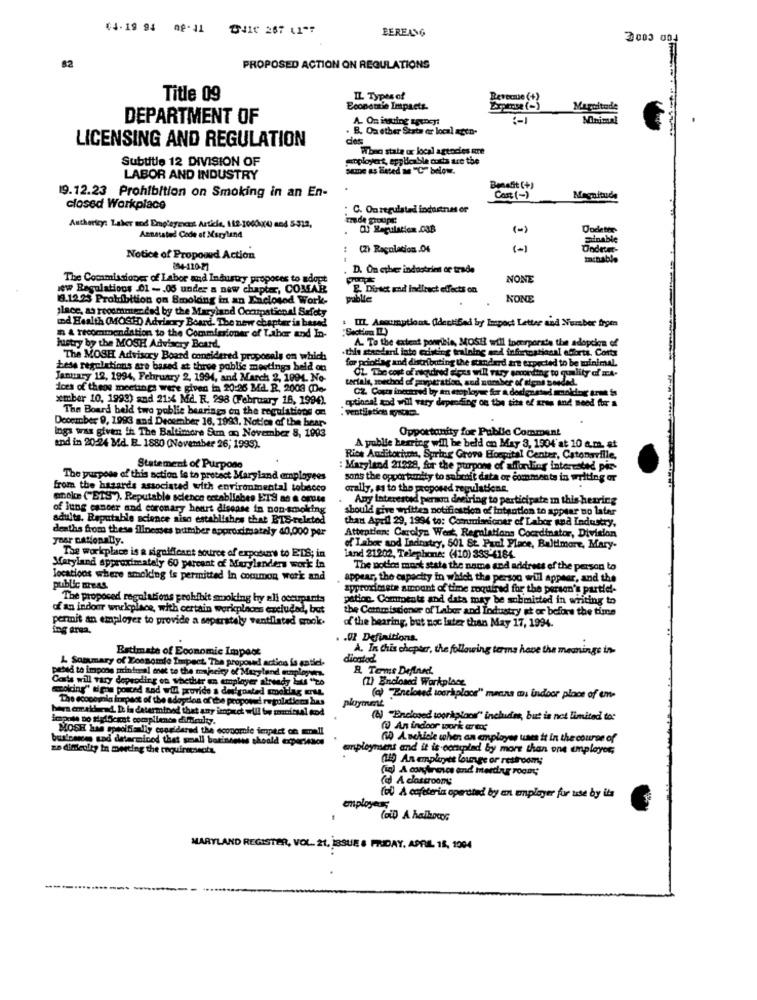
44-19 94 09-11 41 267 11"7
BEREANG
2003 004
82
PROPOSED ACTION ON REGULATIONS
Title 09
IL Types of
Revenue (+)
Economie Impacts.
Arama (-)
Magnitude
DEPARTMENT OF
A. On issuing agencyi
B. Oa ether Stata ar local agen-
LICENSING AND REGULATION
des
When state or local agencies are
Subtitle 12 DIVISION OF
soployet, applicable costs are the
LABOR AND INDUSTRY
19.12.23 Prohibition on Smoking in an En-
Benefit (+)
Cart ( -)
Mirenitude
closed Workplace
C. Ouregulated indoctnes or
Trade groups:
Authority: Laher and Employment Article, 112-1000w(4) and 5-312,
C) Regulation 03B
Dode
Annetsted Code st Maryland
(Z) Racolacion.Of
(-)
Notice of Propooud Action
894-120-27
D. On culver industries or trade
The Commissioner of Labor and Industry propoces to adopt
NONE
new Regulations 01 -. 05 under a new chapter, COMAR
P. Direct and indirect effects on
19.12.25 Protdibition on Smolding in an Enclosed Work-
NONE
place, as recommended by the Maryland Occupational Safety
: IIL Assumptiont. (Identified by Import Letter and Number troen
ind Health (MOSTD) Advisory Board. The new chapter is based
n & recommendation to the Commissioner of Labor and In-
"Section IL)
A. To the extent porrisie, Mos !! will tomerporate the adoption of
huistry by the MOSH Advisory Board.
this standard inte editing training and informaticsal efforts. Corts
The MOSH Advisory Board considered proposals on which
for printing and distributing the standard are expected to be minimal.
Less regulations are based at three public meetings held on
CZ. The cost of niedired giess will vary someding to quality of ma-
January 12, 1994, February 2, 1994, and March 2, 1994. No-
does of theos meetings were given in 20:26 MA. R. 2009 (De-
CZ. Costs inecred by en eroployer for a dodgested smoking arma is
de piptatka, and number of dens Bnede
xmber 10, 1998) and 21:4 Md. R. 298 (February 16, 1994).
ry depending on the tite of aras and need for a
The Board beld two public bearings on the regulations or
Inga was given in The Baltimore Sum an November 8, 1993
December 9, 1993 and December 16. 1993, Notice of the bear-
Opportunity for Public Comment
and in 20-24 Md. R. 1880 (November 26; 1993).
A publie herring will be held on May 3, 1904'at 10 a.m. at
Rice Auditorhon, Spring Grove Hospital Center, Catonsville,
Statement of Purpose
: Maryland 21928, for the purpose of affording interested pie-
The purpose of this action le to protect Maryland employees
sons the opportunity to submit data or comments in writing or
from the hasards associated with environmental tobacco
orally, as to the proposed regulatione.
eneke ("EIS"). Reputable science establishes EIS as a omite
Aby Interested person desiring to participate m this hearing
of lung cancer and coronary heart disease in non-smoking
should give written notification of intention to appear no later
adults. Reputable science aiso establishes that BIS-related
than April 29, 1994 to: Commissioner of Labor and Industry,
deaths from these illnesses bumber approximately 40,000 per
Attention: Carolyn Went, Regulations Coordinator, Division
year nationally.
The workplace is a significant source of exposure to ETS; in
of Labor and Industry, 501 St. Paul Place, Baltimore, Mary-
land 21202, Telephone: (410) 338-4184.
Maryland approximately 60 percent of Murylanders work in
The potles most state the name and address of the person to
locations where smolding is permitted In common work and
appear, the capacity in which the person will appear, and the
public meas.
approximate amount of time required for the person's partiel-
The proposed regulations prohibit smoking hy all occupants
patioc. Comtomate and data may be submitted in writing to
of an indoor workplace, with certain wariplnces excluded, but
the Commissioner of Labor and Industry at or before the time
permit an employer to provide a separately ventilated wrook.
of the bearing, but not later than May 17, 1994.
ing erea.
. . 02 Definitions.
Estimate of Economic Impact
A. In this chapter, the following terms have the meanings in-
L Summary of Economie Impect. The proposed action is entiel.
dicatod
Pitbuldi to impone printersal onet to the majority of Maryland mung
R. Terms Deflaet.
Corts will vary depending on whether en employer already bits "zo
(1) Enclosed Workplace
woking" time ported and wil provide a dolgoated smoklag urus.
The economia inspect of the adoption of the proposed regulations hus
ployment
(a) "Eneloued workplace" means mu indoor place of em-
hers enr ald and. I la determined that any impact will be micsal ond
impots Do siglocket compliance difficulty.
(6) "Enclosed workplace" includins, but is not limited to:
MOSH byte specifically considered the economic impact on mnall
WW An indoor work arut
businesses sad determinod that small borinnenss should experience
60 Anchise when an employee uses it in the course of
ze dificulty in meeting the enquirnnecta.
anployment and it is conuplad by more than one employer,
(19 An employee lounge or restroom;
(in) A canineses and herding room;
Cod A classroomy
(el) A cafeteria operated by an employer for use by its
employees
MARYLAND REGISTER, VOL. 21, ISSUE & FRIDAY, APRIL 18, 1004
----.......---.